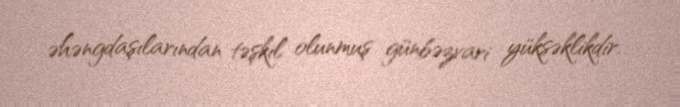
əhəngdaşılarından təşkil olunmuş günbəzvari yüksəklikdir.